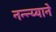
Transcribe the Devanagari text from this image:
नन्न्य्याने